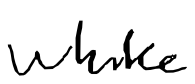
Text: while
Cross-out: clean
Writing tool: digital_black